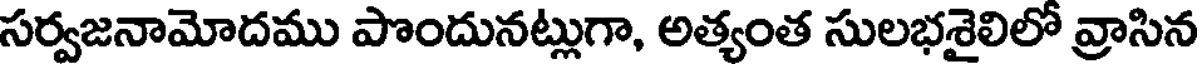
సర్వజనామోదము పొందునట్లుగా, అత్యంత సులభశైలిలో వ్రాసిన